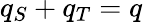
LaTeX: q_{S}+q_{T}=q